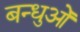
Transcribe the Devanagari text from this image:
बन्धुओँ